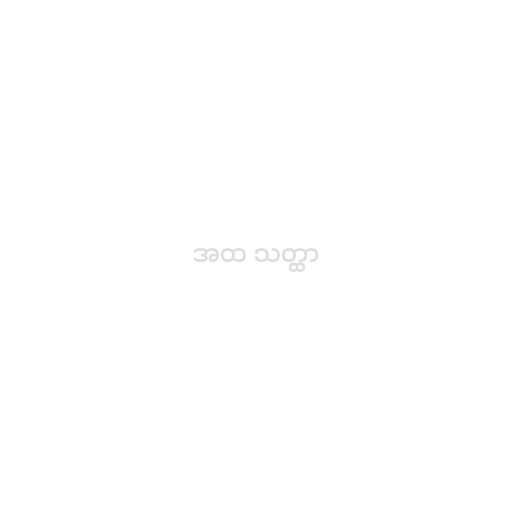
အထ သတ္ထာ